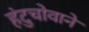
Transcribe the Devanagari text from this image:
हंटुचोवाने